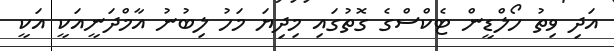
އަދި ވިތު ހޯލްޑީން ޓެކްސްގެ ގޮތުގައި މިދިޔަ މަހު ލިބުނު އާމްދަނީއަކީ އަކީ